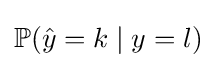
\mathbb {P} ({\hat {y}}=k\mid y=l)